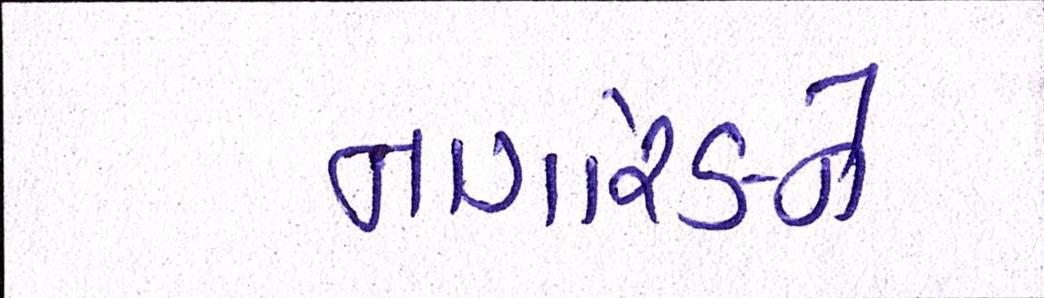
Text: નાગરિકને